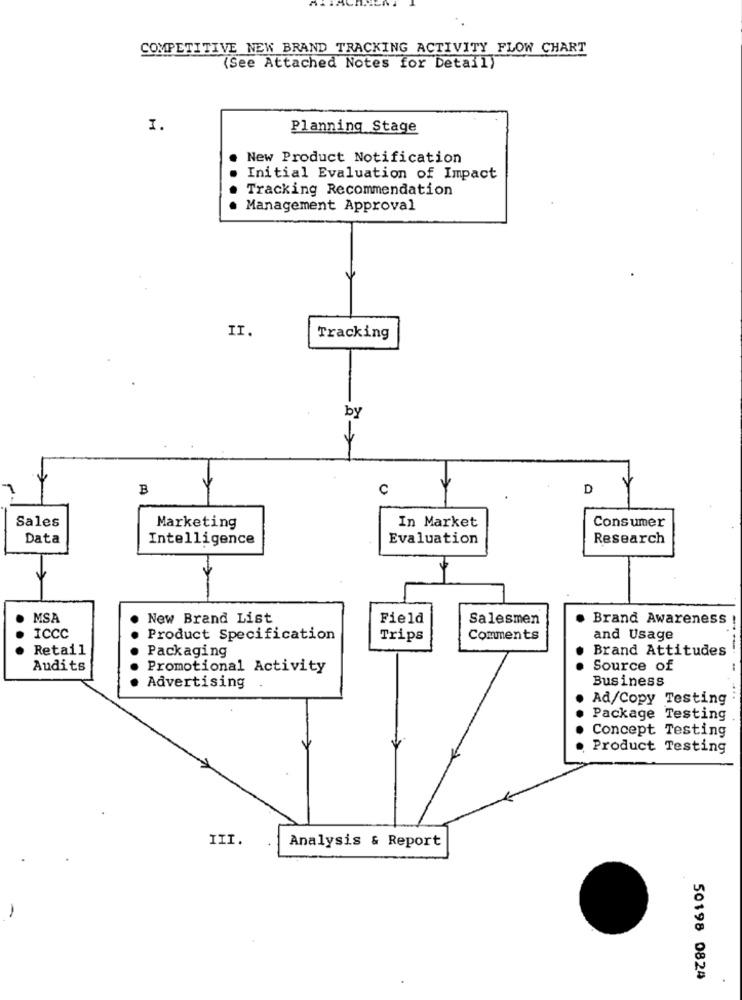
COMPETITIVE NEW BRAND TRACKING ACTIVITY FLOW CHART
(See Attached Notes for Detail)
I.
Planning Stage
New Product Notification
Initial Evaluation of Impact
Tracking Recommendation
Management Approval
II.
Tracking
by
B
C
D
Sales
In Market
Consumer
Marketing
Data
Intelligence
Evaluation
Research
1-
MSA
New Brand List
Field
Salesmen
Brand Awareness
ICCC
Product Specification
Trips
Comments
and Usage
Retail
Packaging
Brand Attitudes
Audits
Promotional Activity
Source of
Business
Advertising
Ad/Copy Testing
Package Testing
Concept Testing
Product Testing
III.
Analysis & Report
50198 0824